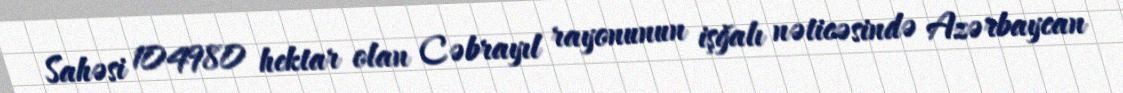
Sahəsi 104980 hektar olan Cəbrayıl rayonunun işğalı nəticəsində Azərbaycan